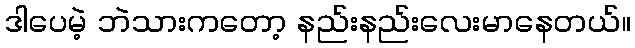
ဒါပေမဲ့ ဘဲသားကတော့ နည်းနည်းလေးမာနေတယ်။